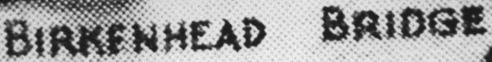
BIRKENHEAD BRIDGE